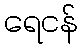
ရေငန်